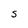
Character: S